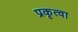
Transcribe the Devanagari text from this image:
प्रकृत्वा